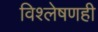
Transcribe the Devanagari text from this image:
विश्लेषणही